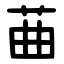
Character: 䒼